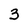
Character: 3